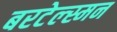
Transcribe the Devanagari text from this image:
बरटेल्स्मन